Medical and sanitary report on the native army of Bombay for the year
Year: 1878
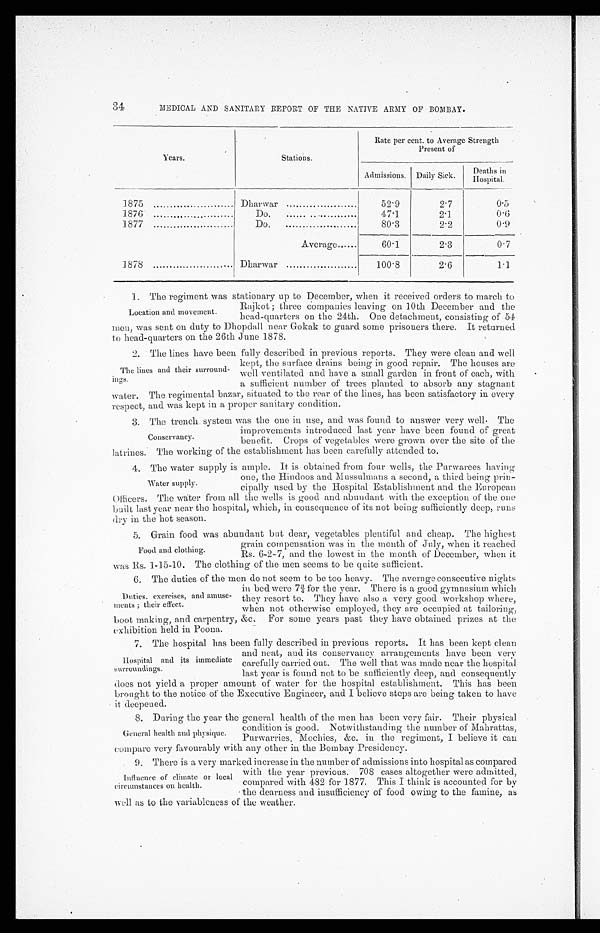
34 MEDICAL AND SANITARY REPORT OF THE NATIVE ARMY OF BOMBAY.
Years.
Stations.
Rate per cent. to Average Strength
Present of
Admissions. Daily Sick. Deaths in
Hospital.
1875
Dharwar
52.9
2.7
0.5
1876
Do.
47.1
2.1
0.6
1877
Do.
80.3
2.2
0 . 9
Average
60.1
2.3
0.7
1878
Dharwar
100.8
2.6
1.1
Location and movement.
1. The regiment was stationary up to December, when it received orders to march to
Rujkot; three companies leaving on 10th December and the
head-quarters on the 24th. One detachment, consisting of 54
men, was sent on duty to Dhopdall near Gokak to guard some prisoners there. It returned
to head-quarters on the 26th June 1878.
2.
The lines and their surround
- i n g s . T h e l i n e s h a v e b e e n f u l l y d e s c r i b e d i n p r e v i o u s r e p o r t s . T h e y w e r e c l e a n a n d w e l l
kept, the surface drains being in good repair. The houses are
well ventilated and have a small garden in front of each, with
a sufficient number of trees planted to absorb any stagnant
water. The regimental bazar, situated to the rear of the lines, has been satisfactory in every
respect, and was kept in a proper sanitary condition.
3.
Conservancy.
The trench system was the one in use, and was found to answer very well. The
improvements introduced last year have been found of great
benefit. Crops of vegetables were grown over the site of the
latrines. The working of the establishment has been carefully attended to.
4.
Water supply.
The water supply is ample. It is obtained from four wells, the Purwarees havin
gone, the Hindoos and Mussulmans a second, a third being prin
-cipally used. by the Hospital Establishment and the European
Officers. The water from all the wells is good and abundant with the exception of the one
built last year near the hospital, which, in consequence of its not being sufficiently deep, runs
dry in the hot season.
5.
Food and clothing.
Grain food was abundant but dear, vegetables plentiful and cheap. The highest
grain compensation was in the month of July, when it reached
Rs. 6-2-7, and the lowest in the month of December, when it
was Rs. 1-15-10. The clothing of the men seems to be quite sufficient.
6.
Duties, exercises, and amuse
-ments; their effect.
The duties of the men do not seem to be too heavy. The average consecutive nights
i n b e d we r e 7 ¾ f o r t h e y e a r . Th e r e i s a g o o d g y mn a s i u m wh i c h
they resort to. They have also a very good workshop where,
when not otherwise employed, they are occupied at tailoring,
boot making, and carpentry, &c. For some years past they have obtained prizes at the
exhibition held in Poona.
7.
Hospital and its immediate
surroundings.
The hospital has been fully described in previous reports. It has been kept clean
and neat, and its conservancy arrangements have been very
carefully carried out. The well that was made near the hospital
last year is found not to be sufficiently deep, and consequently
does not yield a proper amount of water for the hospital establishment. This has been
brought to the notice of the Executive Engineer, and I believe steps are being taken to have
it deepened.
8.
General health and physique.
During the year the general health of the men has been very fair. Their physical
condition is good. Notwithstanding the number of Mahrattas,
Purwarries, Mochies, &c. in the regiment, I believe it can
compare very favourably with any other in the Bombay Presidency.
Influence of climate or local
circumstances on health.
9. There is a very marked increase in the number of admissions into hospital as compared
with the year previous. 708 cases altogether were admitted,
compared with 482 for 1877. This I think is accounted for by
the dearness and insufficiency of food owing to the famine, as
well as to the variableness of the weather.